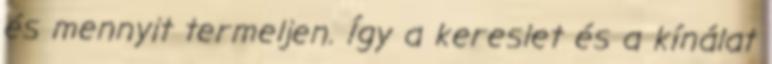
és mennyit termeljen. Így a kereslet és a kínálat